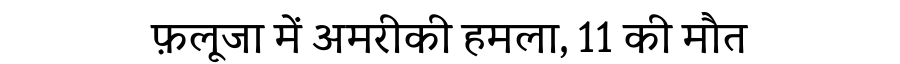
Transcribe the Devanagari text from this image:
फ़लूजा में अमरीकी हमला, 11 की मौत